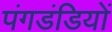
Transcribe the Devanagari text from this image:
पंगडंडियों